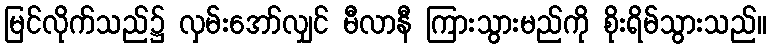
မြင်လိုက်သည်၌ လှမ်းအော်လျှင် မီလာနီ ကြားသွားမည်ကို စိုးရိမ်သွားသည်။